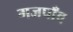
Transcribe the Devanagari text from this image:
गजपाँव